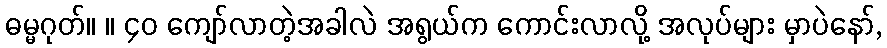
ဓမ္မဂုတ်။ ။ ၄၀ ကျော်လာတဲ့အခါလဲ အရွယ်က ကောင်းလာလို့ အလုပ်များ မှာပဲနော်,